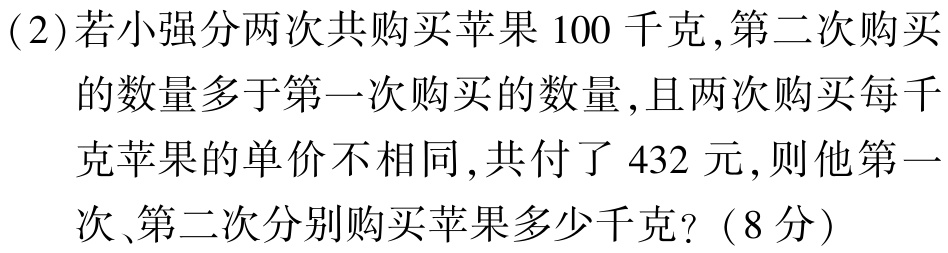
(2)若小强分两次共购买苹果$100$千克,第二次购买

的数量多于第一次购买的数量,且两次购买每千

克苹果的单价不相同,共付了$432$元,则他第一

次、第二次分别购买苹果多少千克?（8分）